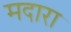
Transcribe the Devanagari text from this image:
मदारा